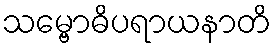
သမ္ဗောဓိပရာယနာတိ